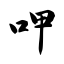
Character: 呷